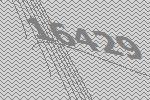
16429